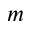
m